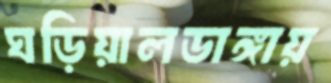
ঘড়িয়ালডাঙ্গায়